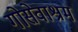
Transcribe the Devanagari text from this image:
गोसेवाश्रम